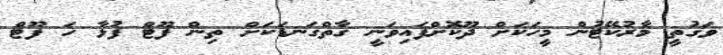
ވަގުތީ މާރުކޭޓުން މީހަކަށް ދޫކޮށްފައިވަނީ ގާތްގަނޑަކަށް ތިން ފޫޓް ފުޅާ ހަ ފޫޓް